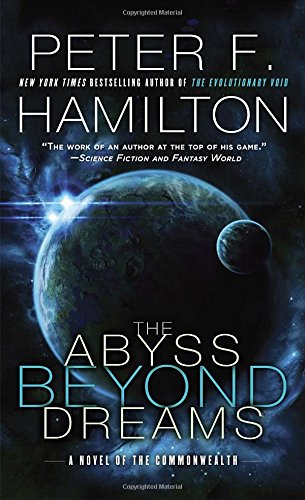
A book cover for The Abyss Beyond Dreams: A Novel of the Commonwealth (Commonwealth: Chronicle of the Fallers); Peter F. Hamilton; Science Fiction & Fantasy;